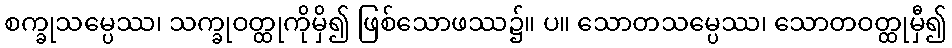
စက္ခုသမ္ပေဿ၊ သက္ခုဝတ္ထုကိုမှိ၍ ဖြစ်သောဖဿ၌။ ပ။ သောတသမ္ပေဿ၊ သောတဝတ္ထုမှီ၍